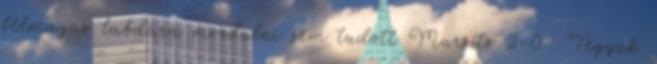
félmagas labdára mozdulni sem tudott Mursits 2–0 . Tegyük